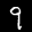
Label: 9